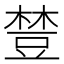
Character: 𧯴